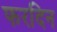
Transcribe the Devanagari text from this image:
फरदिन